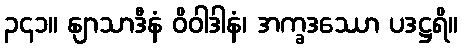
၃၄၁။ နျာသာဒီနံ ဝိဝါဒါနံ၊ အက္ခဒဿော ပဒဋ္ဌရိ။